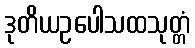
ဒုတိယဥပေါသထသုတ္တံ